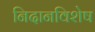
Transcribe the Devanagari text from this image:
निदानविशेष